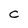
Character: C